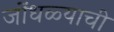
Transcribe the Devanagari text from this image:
जोंधळ्याची